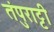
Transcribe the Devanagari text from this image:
तंपुराट्टी